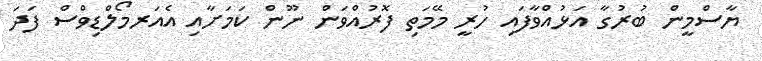
ޔާސްމީން ބުރުގާ އަޅުއްވާފައި ހުރީ މޭމަތި ފޮރުއްވަން ނޫން ކަމަށާއި އެއަރމޯލްޑިވްސް ފަދަ